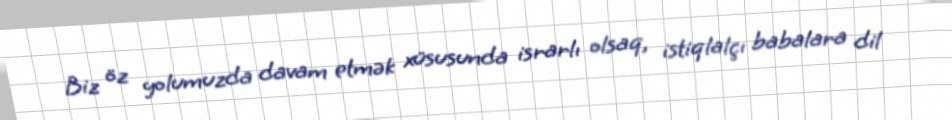
Biz öz yolumuzda davam etmək xüsusunda israrlı olsaq, istiqlalçı babalara dil